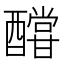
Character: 𨣛